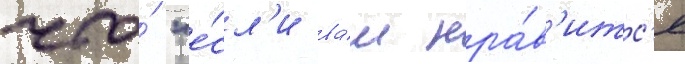
что́ "е́сл'и ва́м нра́в'итс'я